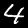
Label: 4